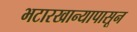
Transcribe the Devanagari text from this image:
भटारखान्यापासून